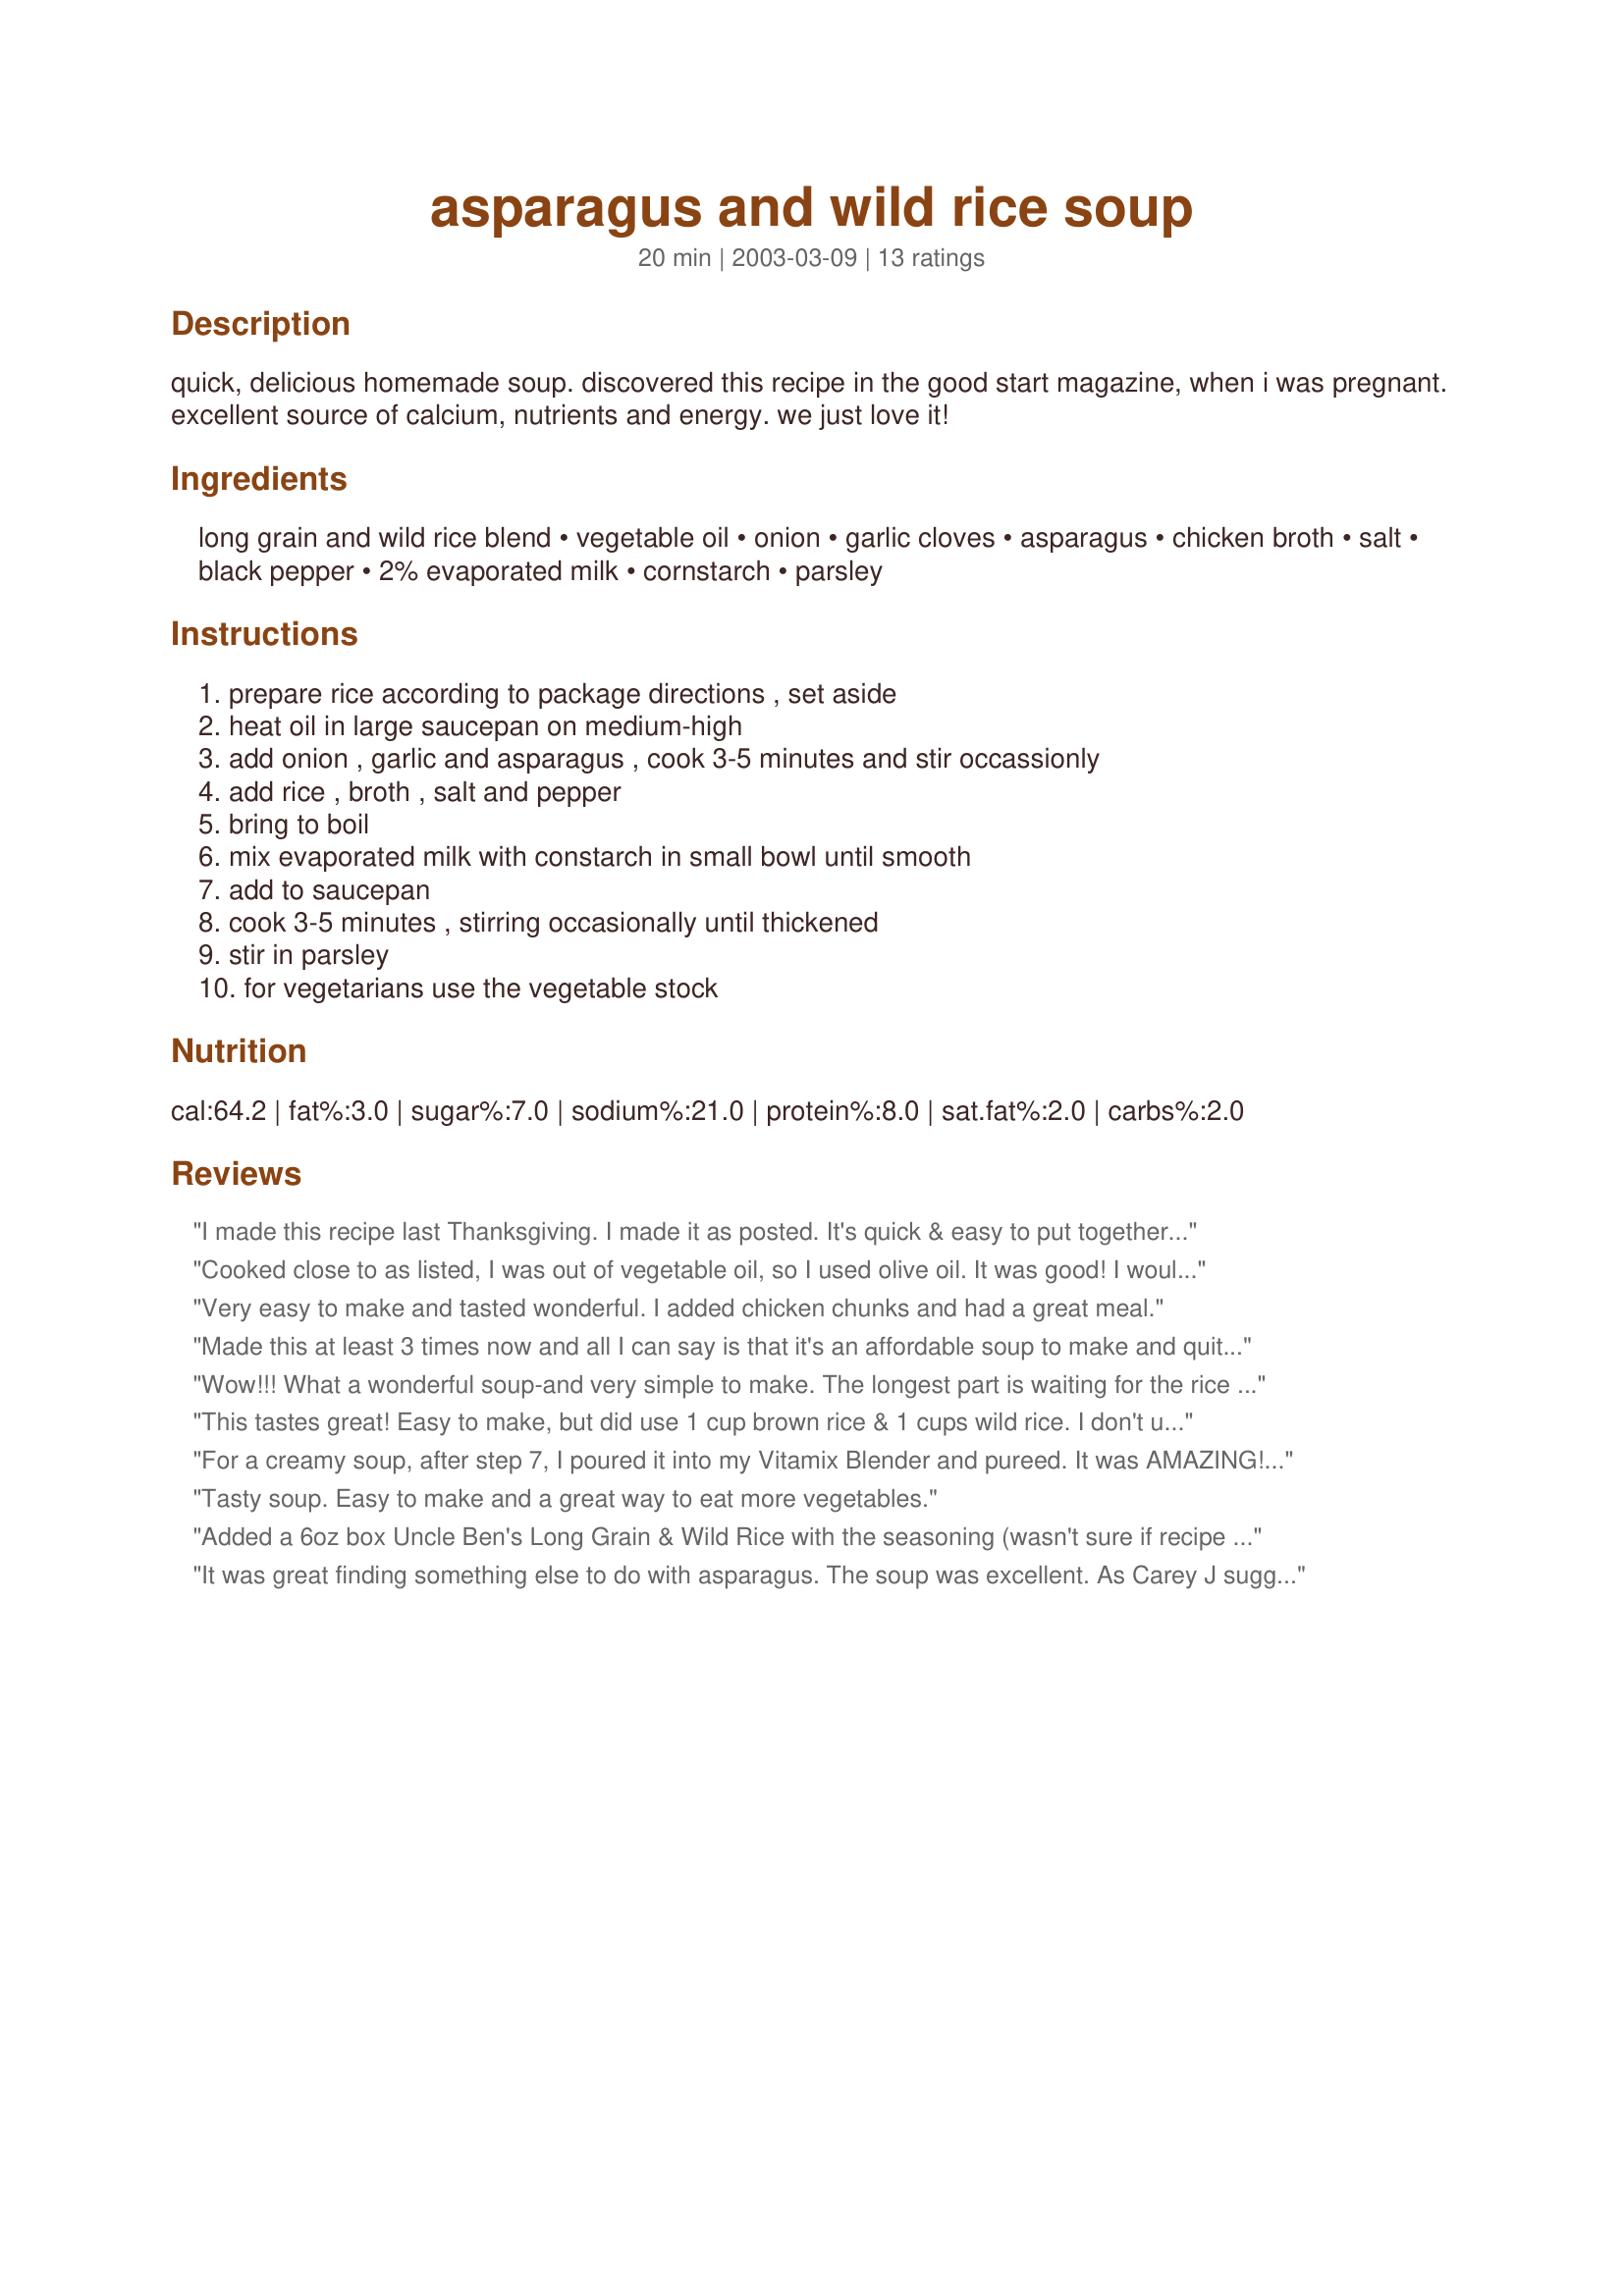
asparagus and wild rice soup
Preparation time: 20 minutes

quick, delicious homemade soup. discovered this recipe in the good start magazine, when i was pregnant. excellent source of calcium, nutrients and energy. we just love it!

Ingredients:
long grain and wild rice blend, vegetable oil, onion, garlic cloves, asparagus, chicken broth, salt, black pepper, 2% evaporated milk, cornstarch, parsley

Steps:
prepare rice according to package directions , set aside, heat oil in large saucepan on medium-high, add onion , garlic and asparagus , cook 3-5 minutes and stir occassionly, add rice , broth , salt and pepper, bring to boil, mix evaporated milk with constarch in small bowl until smooth, add to saucepan, cook 3-5 minutes , stirring occasionally until thickened, stir in parsley, for vegetarians use the vegetable stock

Reviews:
I made this recipe last Thanksgiving.
I made it as posted. It's quick & easy to put together and tastes even better the next day. The family liked it so much that they requested it again at Christmas. It's a keeper for sure.
Cooked close to as listed, I was out of vegetable oil, so I used olive oil. It was good! I would probably add more rice next time.
Very easy to make and tasted wonderful. I added chicken chunks and had a great meal.
Made this at least 3 times now and all I can say is that it's an affordable soup to make and quite delicious! Only thing I added was some cut up chicken breasts. Really made the soup more of a meal. Thanks for a great recipe :o)
Wow!!! What a wonderful soup-and very simple to make. The longest part is waiting for the rice to cook. A definite keeper in my cookbook-THX
This tastes great! Easy to make, but did use 1 cup brown rice & 1 cups wild rice. I don't use evaporated milk. In it's place I melted 2 tbls butter, added just about 1/4 cup flour, stirred until bubbly, then added 2 cups milk. Stirred until thickened. Will use this again. Thanks!
For a creamy soup, after step 7, I poured it into my Vitamix Blender and pureed. It was AMAZING! Definitely a keeper. Great recipe. Thank you!
Tasty soup. Easy to make and a great way to eat more vegetables.
Added a 6oz box Uncle Ben's Long Grain & Wild Rice with the seasoning (wasn't sure if recipe called for seasoning packet or not). I also added garlic and sliced baby bella mushrooms as others had suggested.Will make this again.
It was great finding something else to do with asparagus. The soup was excellent. As Carey J suggested, I added more rice (used 2/3 cup uncooked). I also added about 1 cup of sliced mushrooms. Will definitely make this again.
This is a great soup. I didn't have evaporated milk on hand, so I made my own by simmering milk on the stove until about half the volume was gone, and it turned out really well. I'll definitely make this again.
My DH thought this soup was great. Found that I needed to add a boullion cube, but that may have been the type of broth I used. Other wise followed the directions exactly. Very easy soup to make. Thanks for the recipe.
Made this tonight exactly as directed. We all loved it including my 19 mo old. Thanks...will make again!
